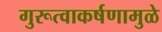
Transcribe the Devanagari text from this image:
गुरूत्वाकर्षणामुळे